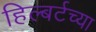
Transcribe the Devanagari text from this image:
हिल्बर्टच्या